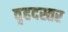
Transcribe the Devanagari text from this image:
वृहदस्तर